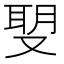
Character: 𠭪